Lunatic asylums Central Provinces reports 1910-1926 - 1910-1926
Year: 1910
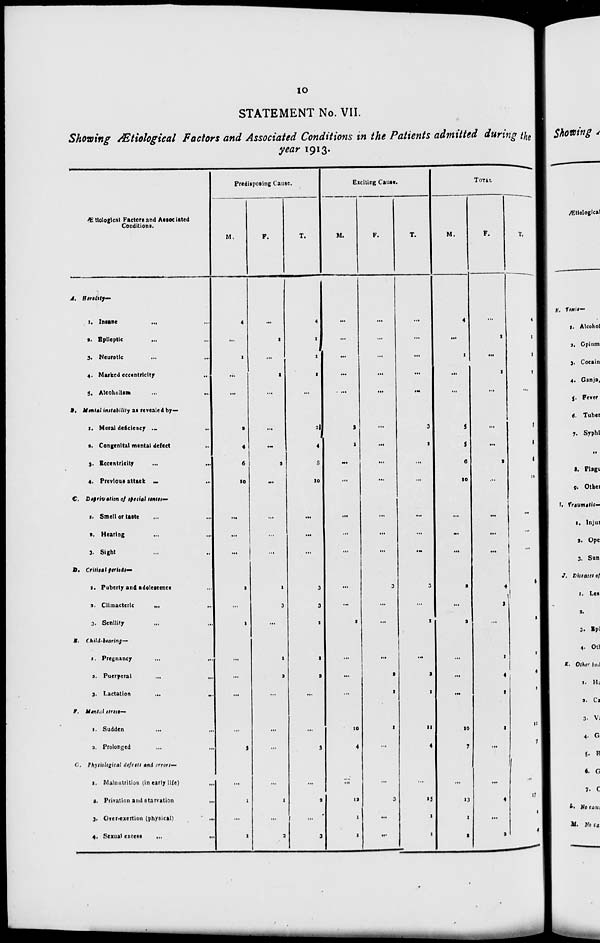
10
STATEMENT No. VII.
Showing Ætiological Factors and Associated Conditions in the Patients admitted during the
year 1913.
Ætiological Factors and Associated
Conditions.
A. Herydity—
1. Insane
...
...
2. Epileptic
... ...
3. Neurotic ... ...
4. Marked eccentricity ...
5. Alcoholism ... ...
B. Mental instability as revealed by—
1. Moral deficiency ... ...
2. Congenital mental defect ...
3. Eccentricity ... ...
4. Previous attack ... ...
C. Deprivation of special senses—
1. Smell or taste ... ...
2. Hearing ... ...
3. Sight ... ...
D. Critical periods—
1. Puberty and adolescence ...
2. Climacteric
... ...
3. Senility ... ...
E. Child-bearing—
1. Pregnancy ... ...
2. Puerperal ... ...
3. Lactation
...
...
F. Mental stress—
1. Sudden
...
...
2. Prolonged ... ...
G. Physiological defects and errors—
1. Malnutrition (in early life)
...
2. Privation and starvation
...
3. Over-exertion (physical)
...
4. Sexual excess
...
...
Predisposing Cause.
M.
4
...
1
...
...
2
4
6
10
...
...
...
2
...
1
...
...
...
...
3
...
1
...
1
F.
...
1
...
1
...
...
...
2
...
...
...
...
1
3
...
1
3
...
...
...
...
1
...
2
T.
4
1
1
1
...
2
4
8
10
...
...
...
3
3
1
1
3
...
...
3
...
2
...
3
Exciting Cause.
M.
...
...
...
...
...
3
1
...
...
...
...
...
...
...
1
...
...
...
10
4
...
12
1
1
F.
...
...
...
...
...
...
...
...
...
...
...
...
3
...
...
...
2
1
1
...
...
3
...
...
T.
...
...
...
...
...
3
1
...
...
...
...
...
3
...
1
...
2
1
11
4
...
15
1
1
TOTAL
M.
4
...
1
...
...
5
5
6
10
...
...
...
2
...
3
...
...
...
10
7
...
13
1
2
F.
...
1
...
1
...
...
...
2
...
...
...
...
4
3
...
1
4
1
1
...
...
4
...
2
T.
4
1
1
1
...
5
5
8
10
...
...
...
6
3
3
1
4
1
11
7
...
17
1
4